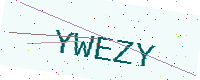
Text: YWEZY